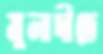
মুলাদীতে